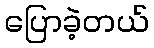
ပြောခဲ့တယ်